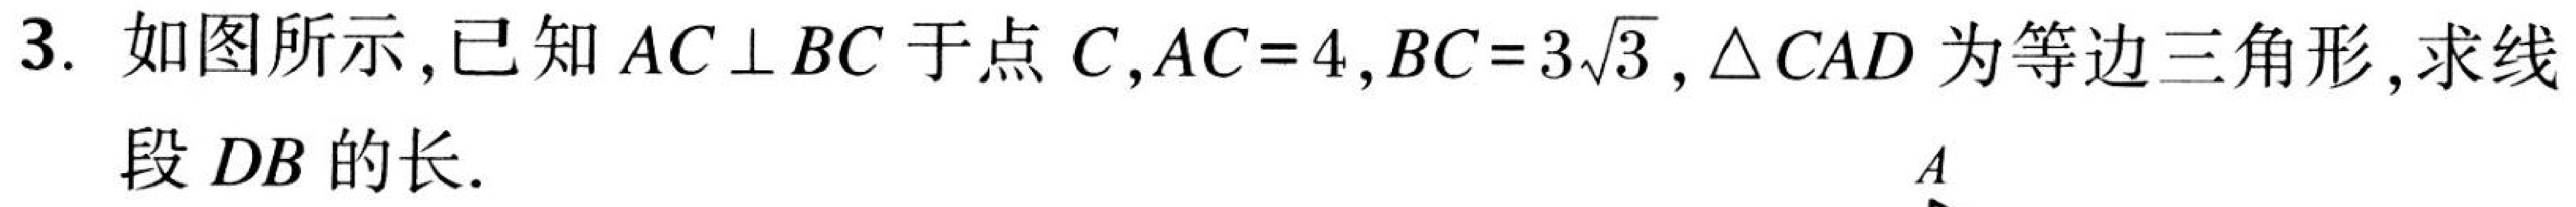
3. 如图所示,已知 \(AC\perp BC\) 于点 \(C\),\(AC = 4\),\(BC = 3\sqrt{3}\), \(\triangle CAD\) 为等边三角形,求线段 \(DB\) 的长.